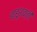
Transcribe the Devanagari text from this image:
बाहूशक्ती